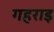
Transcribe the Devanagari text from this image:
गहराइ